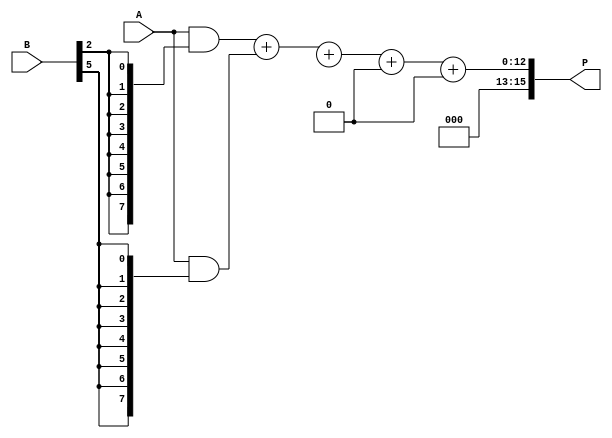
module wallace_tree_multiplier #(parameter N = 8) (
    input [N-1:0] A,
    input [N-1:0] B,
    output reg [2*N-1:0] P
);

    // Generate partial products
    wire [N-1:0] pp [0:N-1];
    
    generate
        genvar i;
        for (i = 0; i < N; i = i + 1) begin: partial_products
            assign pp[i] = A & {N{B[i]}}; // AND each bit of B with A
        end
    endgenerate

    // Wallace Tree Reduction
    wire [N+1:0] sum [0:N-1]; // Intermediate sums
    wire [N-1:0] carry [0:N-1]; // Carry bits
    genvar j;
    
    // Initial stage: Combine pairs of partial products
    generate
        for (j = 0; j < N; j = j + 1) begin: reduction_stage
            if (j % 3 == 0 && j + 2 < N) begin
                // Use two full adders for three inputs
                wire [N:0] temp_sum;
                wire [N:0] temp_carry;
                
                // Full adder 1
                assign temp_sum = pp[j] + pp[j+1] + pp[j+2];
                assign temp_carry = (pp[j] & pp[j+1]) | (pp[j+1] & pp[j+2]) | (pp[j] & pp[j+2]);
                
                assign sum[j/3] = temp_sum;
                assign carry[j/3] = temp_carry;
            end else if (j % 3 == 1 && j + 1 < N) begin
                // Use one full adder for two inputs
                assign sum[j/3] = pp[j] + pp[j+1];
                assign carry[j/3] = pp[j] & pp[j+1];
            end else if (j % 3 == 2) begin
                // Just propagate the last one
                assign sum[j/3] = pp[j];
                assign carry[j/3] = 0;
            end
        end
    endgenerate

    // Combine the final sums and carries
    wire [2*N-1:0] final_sum;
    assign final_sum = sum[0] + sum[1] + sum[2] + carry[0] + carry[1];

    always @(*) begin
        P = final_sum; // Assign the final product
    end

endmodule